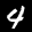
Label: 4